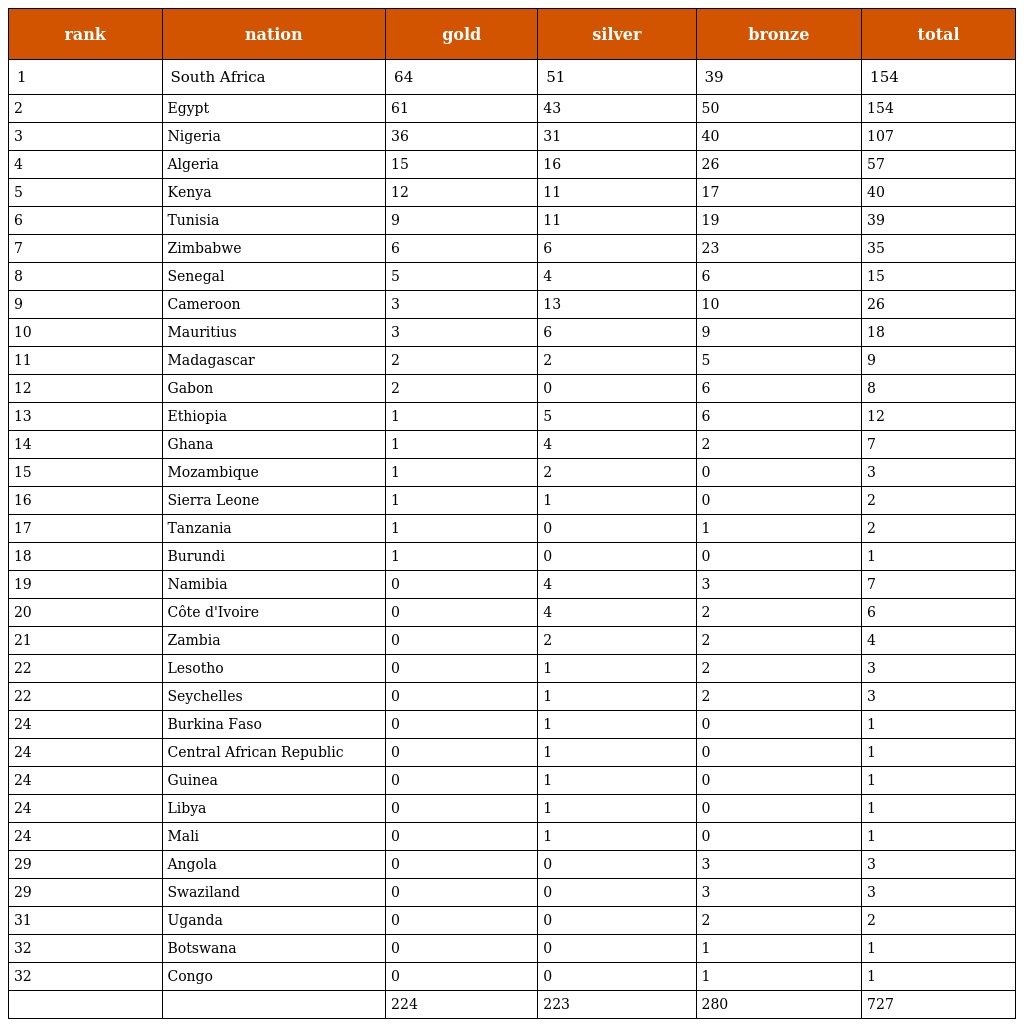
| rank | nation | gold | silver | bronze | total |
 | --- | --- | --- | --- | --- | --- |
 | 1 | South Africa | 64 | 51 | 39 | 154 |
 | 2 | Egypt | 61 | 43 | 50 | 154 |
 | 3 | Nigeria | 36 | 31 | 40 | 107 |
 | 4 | Algeria | 15 | 16 | 26 | 57 |
 | 5 | Kenya | 12 | 11 | 17 | 40 |
 | 6 | Tunisia | 9 | 11 | 19 | 39 |
 | 7 | Zimbabwe | 6 | 6 | 23 | 35 |
 | 8 | Senegal | 5 | 4 | 6 | 15 |
 | 9 | Cameroon | 3 | 13 | 10 | 26 |
 | 10 | Mauritius | 3 | 6 | 9 | 18 |
 | 11 | Madagascar | 2 | 2 | 5 | 9 |
 | 12 | Gabon | 2 | 0 | 6 | 8 |
 | 13 | Ethiopia | 1 | 5 | 6 | 12 |
 | 14 | Ghana | 1 | 4 | 2 | 7 |
 | 15 | Mozambique | 1 | 2 | 0 | 3 |
 | 16 | Sierra Leone | 1 | 1 | 0 | 2 |
 | 17 | Tanzania | 1 | 0 | 1 | 2 |
 | 18 | Burundi | 1 | 0 | 0 | 1 |
 | 19 | Namibia | 0 | 4 | 3 | 7 |
 | 20 | Côte d'Ivoire | 0 | 4 | 2 | 6 |
 | 21 | Zambia | 0 | 2 | 2 | 4 |
 | 22 | Lesotho | 0 | 1 | 2 | 3 |
 | 22 | Seychelles | 0 | 1 | 2 | 3 |
 | 24 | Burkina Faso | 0 | 1 | 0 | 1 |
 | 24 | Central African Republic | 0 | 1 | 0 | 1 |
 | 24 | Guinea | 0 | 1 | 0 | 1 |
 | 24 | Libya | 0 | 1 | 0 | 1 |
 | 24 | Mali | 0 | 1 | 0 | 1 |
 | 29 | Angola | 0 | 0 | 3 | 3 |
 | 29 | Swaziland | 0 | 0 | 3 | 3 |
 | 31 | Uganda | 0 | 0 | 2 | 2 |
 | 32 | Botswana | 0 | 0 | 1 | 1 |
 | 32 | Congo | 0 | 0 | 1 | 1 |
 |  |  | 224 | 223 | 280 | 727 |